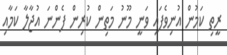
ރީތި ކަމުން އުނިވެފައި ވަނީ މޫނު މަތިން ކުރިން ފެންނަ އުޖާލާ ކަމާއި